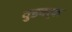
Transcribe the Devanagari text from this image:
वुडवर्क